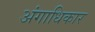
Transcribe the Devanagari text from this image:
अंगाधिकार